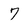
Character: 7